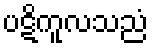
ပဋိကူလသညံ